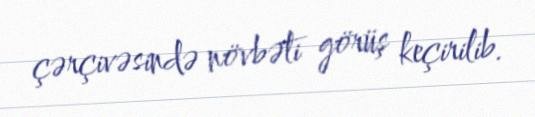
çərçivəsində növbəti görüş keçirilib.